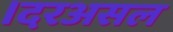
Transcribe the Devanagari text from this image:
।दरअसल